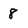
Character: 8